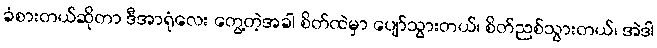
ခံစားတယ်ဆိုတာ ဒီအာရုံလေး တွေ့တဲ့အခါ စိတ်ထဲမှာ ပျော်သွားတယ်၊ စိတ်ညစ်သွားတယ်၊ အဲဒါ